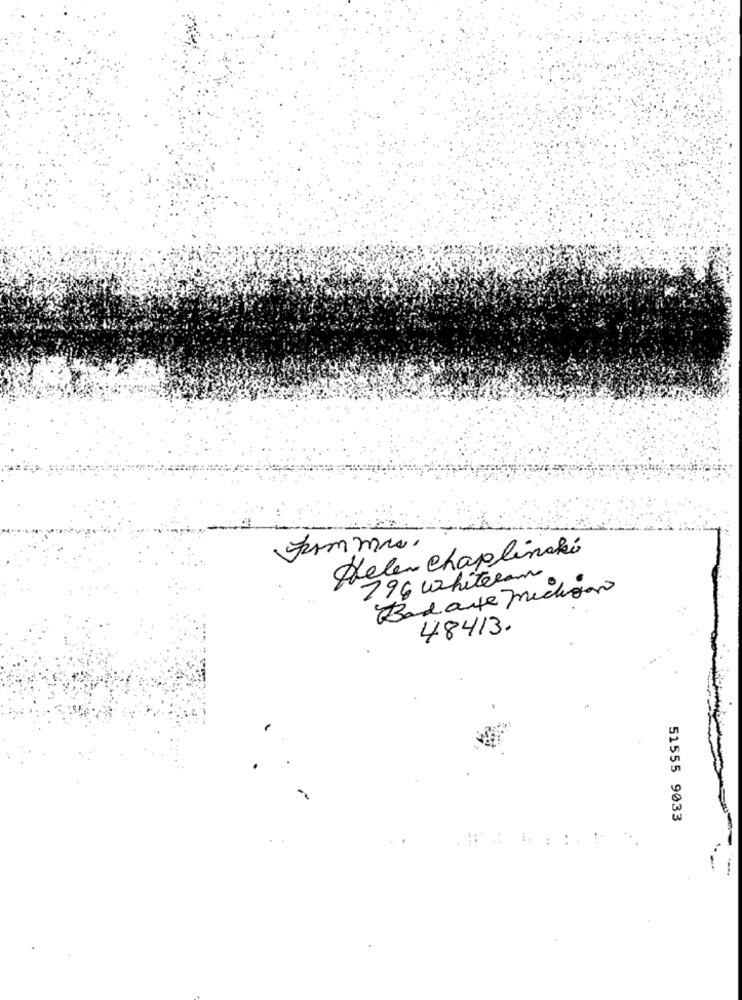
Helen chaplinaki
796 whitelam
Bad arte michigan
48413.
51555 9033